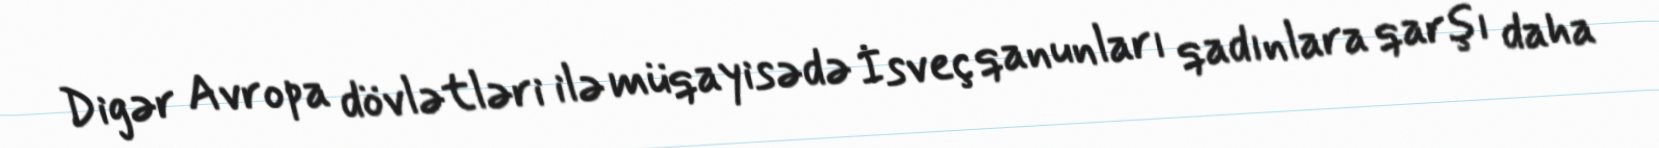
Digər Avropa dövlətləri ilə müqayisədə İsveç qanunları qadınlara qarşı daha